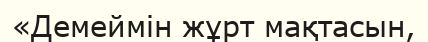
«Демеймін жұрт мақтасын,